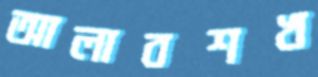
আলাবশখ